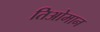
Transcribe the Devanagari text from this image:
तिओमान